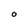
Character: o